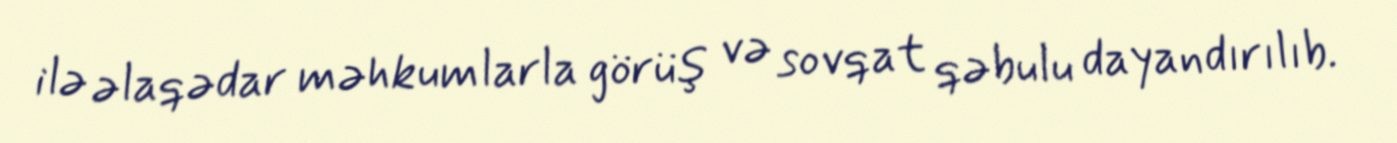
ilə əlaqədar məhkumlarla görüş və sovqat qəbulu dayandırılıb.